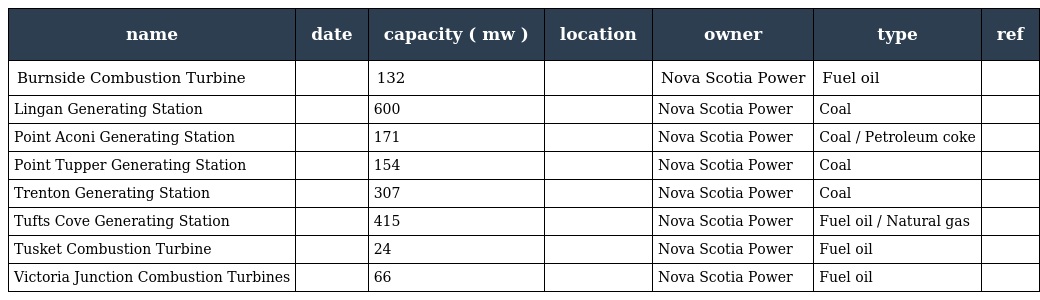
| name | date | capacity ( mw ) | location | owner | type | ref |
 | --- | --- | --- | --- | --- | --- | --- |
 | Burnside Combustion Turbine |  | 132 |  | Nova Scotia Power | Fuel oil |  |
 | Lingan Generating Station |  | 600 |  | Nova Scotia Power | Coal |  |
 | Point Aconi Generating Station |  | 171 |  | Nova Scotia Power | Coal / Petroleum coke |  |
 | Point Tupper Generating Station |  | 154 |  | Nova Scotia Power | Coal |  |
 | Trenton Generating Station |  | 307 |  | Nova Scotia Power | Coal |  |
 | Tufts Cove Generating Station |  | 415 |  | Nova Scotia Power | Fuel oil / Natural gas |  |
 | Tusket Combustion Turbine |  | 24 |  | Nova Scotia Power | Fuel oil |  |
 | Victoria Junction Combustion Turbines |  | 66 |  | Nova Scotia Power | Fuel oil |  |